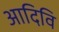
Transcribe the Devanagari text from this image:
आदिवि